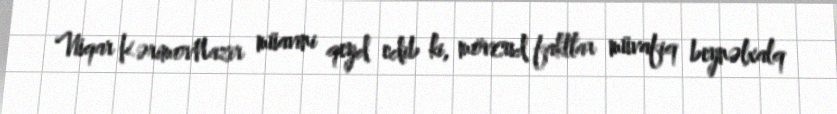
Vüqar KərimovNazir müavini qeyd edib ki, mövcud faktlar müvafiq beynəlxalq